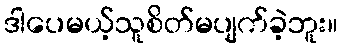
ဒါပေမယ့်သူစိတ်မပျက်ခဲ့ဘူး။